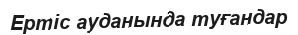
Ертіс ауданында туғандар